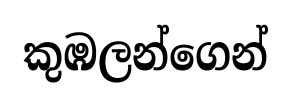
කුඹලන්ගෙන්